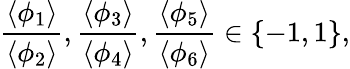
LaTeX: \frac{\langle\phi_{1}\rangle}{\langle\phi_{2}\rangle},\frac{\langle\phi_{3}\rangle}{\langle\phi_{4}\rangle},\frac{\langle\phi_{5}\rangle}{\langle\phi_{6}\rangle}\in\{ -1,1\} ,